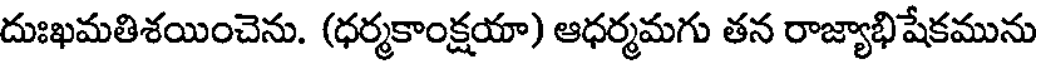
దుఃఖమతిశయించెను. (ధర్మకాంక్షయా) ఆధర్మమగు తన రాజ్యాభిషేకమును